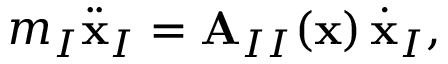
\begin{array} { r } { m _ { I } \ddot { \mathbf { x } } _ { I } = \mathbf { A } _ { I I } ( \mathbf { x } ) \, \dot { \mathbf { x } } _ { I } , } \end{array}